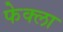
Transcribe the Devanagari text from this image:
फेक्ला